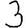
Digit: 3